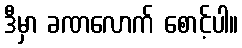
ဒီမှာ ခဏလောက် စောင့်ပါ။